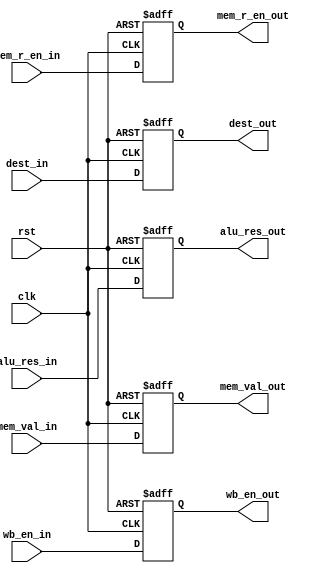
module MEM_Stage_Reg (
    clk, rst,
    mem_r_en_in, wb_en_in,
    dest_in,
    alu_res_in, mem_val_in,
    mem_r_en_out, wb_en_out,
    dest_out,
    alu_res_out, mem_val_out
);
    input clk, rst;
    input mem_r_en_in, wb_en_in;
    input [3:0] dest_in;
    input [31:0] alu_res_in, mem_val_in;
    output reg mem_r_en_out, wb_en_out;
    output reg [3:0] dest_out;
    output reg [31:0] alu_res_out, mem_val_out;

    always @(posedge clk, posedge rst) begin
        if (rst == 1'b1) begin
            mem_r_en_out <= 1'b0;
            wb_en_out <= 1'b0;
            dest_out <= 4'b0;
            alu_res_out <= 32'b0;
            mem_val_out <= 32'b0;
        end
        else begin
            mem_r_en_out <= mem_r_en_in;
            wb_en_out <= wb_en_in;
            dest_out <= dest_in;
            alu_res_out <= alu_res_in;
            mem_val_out <= mem_val_in;
        end
    end
    
endmodule